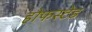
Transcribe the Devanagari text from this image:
होफस्टेड